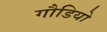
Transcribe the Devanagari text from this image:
गौडियो